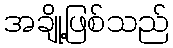
အချို့ဖြစ်သည်